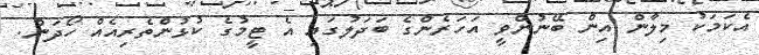
އެކަމަކު މިލާން އިން ބޭނުންވީ އަހަރެންގެ ބަދަލުގައި އެ ޓީމުގެ ކުޅުންތެރިއެއް ހޯދަން.